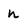
Character: n